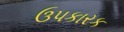
ઉપકારક